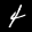
Label: 4